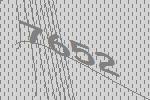
7652